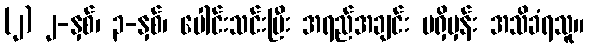
(၂) ၂-နှစ်၊ ၃-နှစ်၊ ပေါင်းသင်းပြီး အရည်အချင်း မရှိမှန်း အသိခံရသူ။